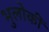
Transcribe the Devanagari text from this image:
भुलोकीं